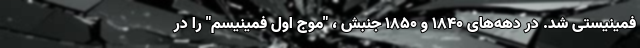
فمینیستی شد. در دهه‌های 1840 و 1850 جنبش ، "موج اول فمینیسم" را در